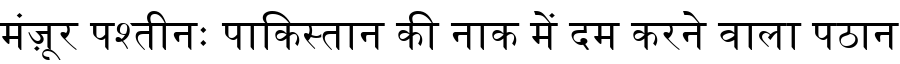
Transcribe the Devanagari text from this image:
मंज़ूर पश्तीनः पाकिस्तान की नाक में दम करने वाला पठान